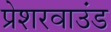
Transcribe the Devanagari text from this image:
प्रेशरवाउंड